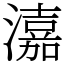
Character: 𤀺